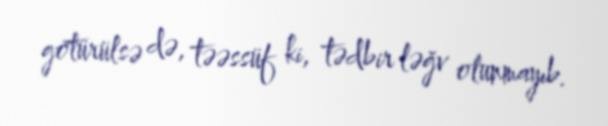
götürülsə də, təəssüf ki, tədbir ləğv olunmayıb.